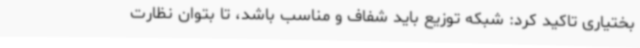
بختیاری تاکید کرد: شبکه توزیع باید شفاف و مناسب باشد، تا بتوان نظارت